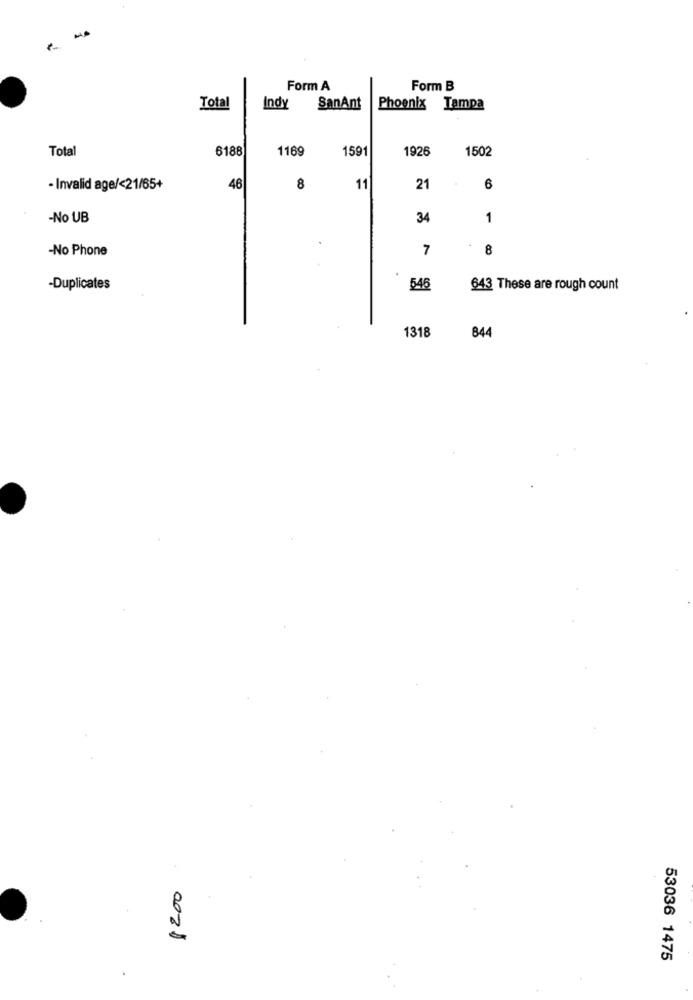
Form A
Form B
Total
Indy
SanAnt
Phoenix Tampa
Total
6188
1169
1591
1926
1502
- Invalid age/<21/65+
46
8
11
21
6
-No UB
34
1
-No Phone
7
8
-Duplicates
546
643 These are rough count
1318
844
$200
53036 1475